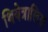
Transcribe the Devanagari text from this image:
थियेत्रालिस